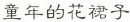
童年的花裙子